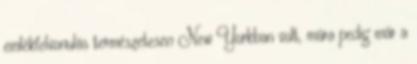
emlékfelvonulás természetesen New Yorkban volt, mára pedig már a